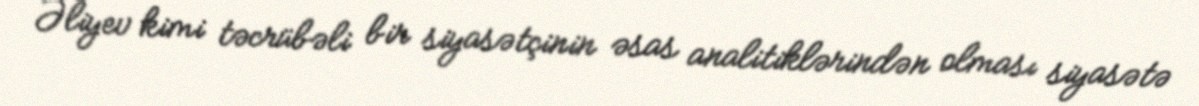
Əliyev kimi təcrübəli bir siyasətçinin əsas analitiklərindən olması siyasətə